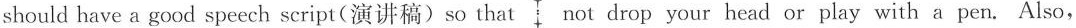
should have a good speech script(演讲稿) so that not drop your head or play with a pen. Also,